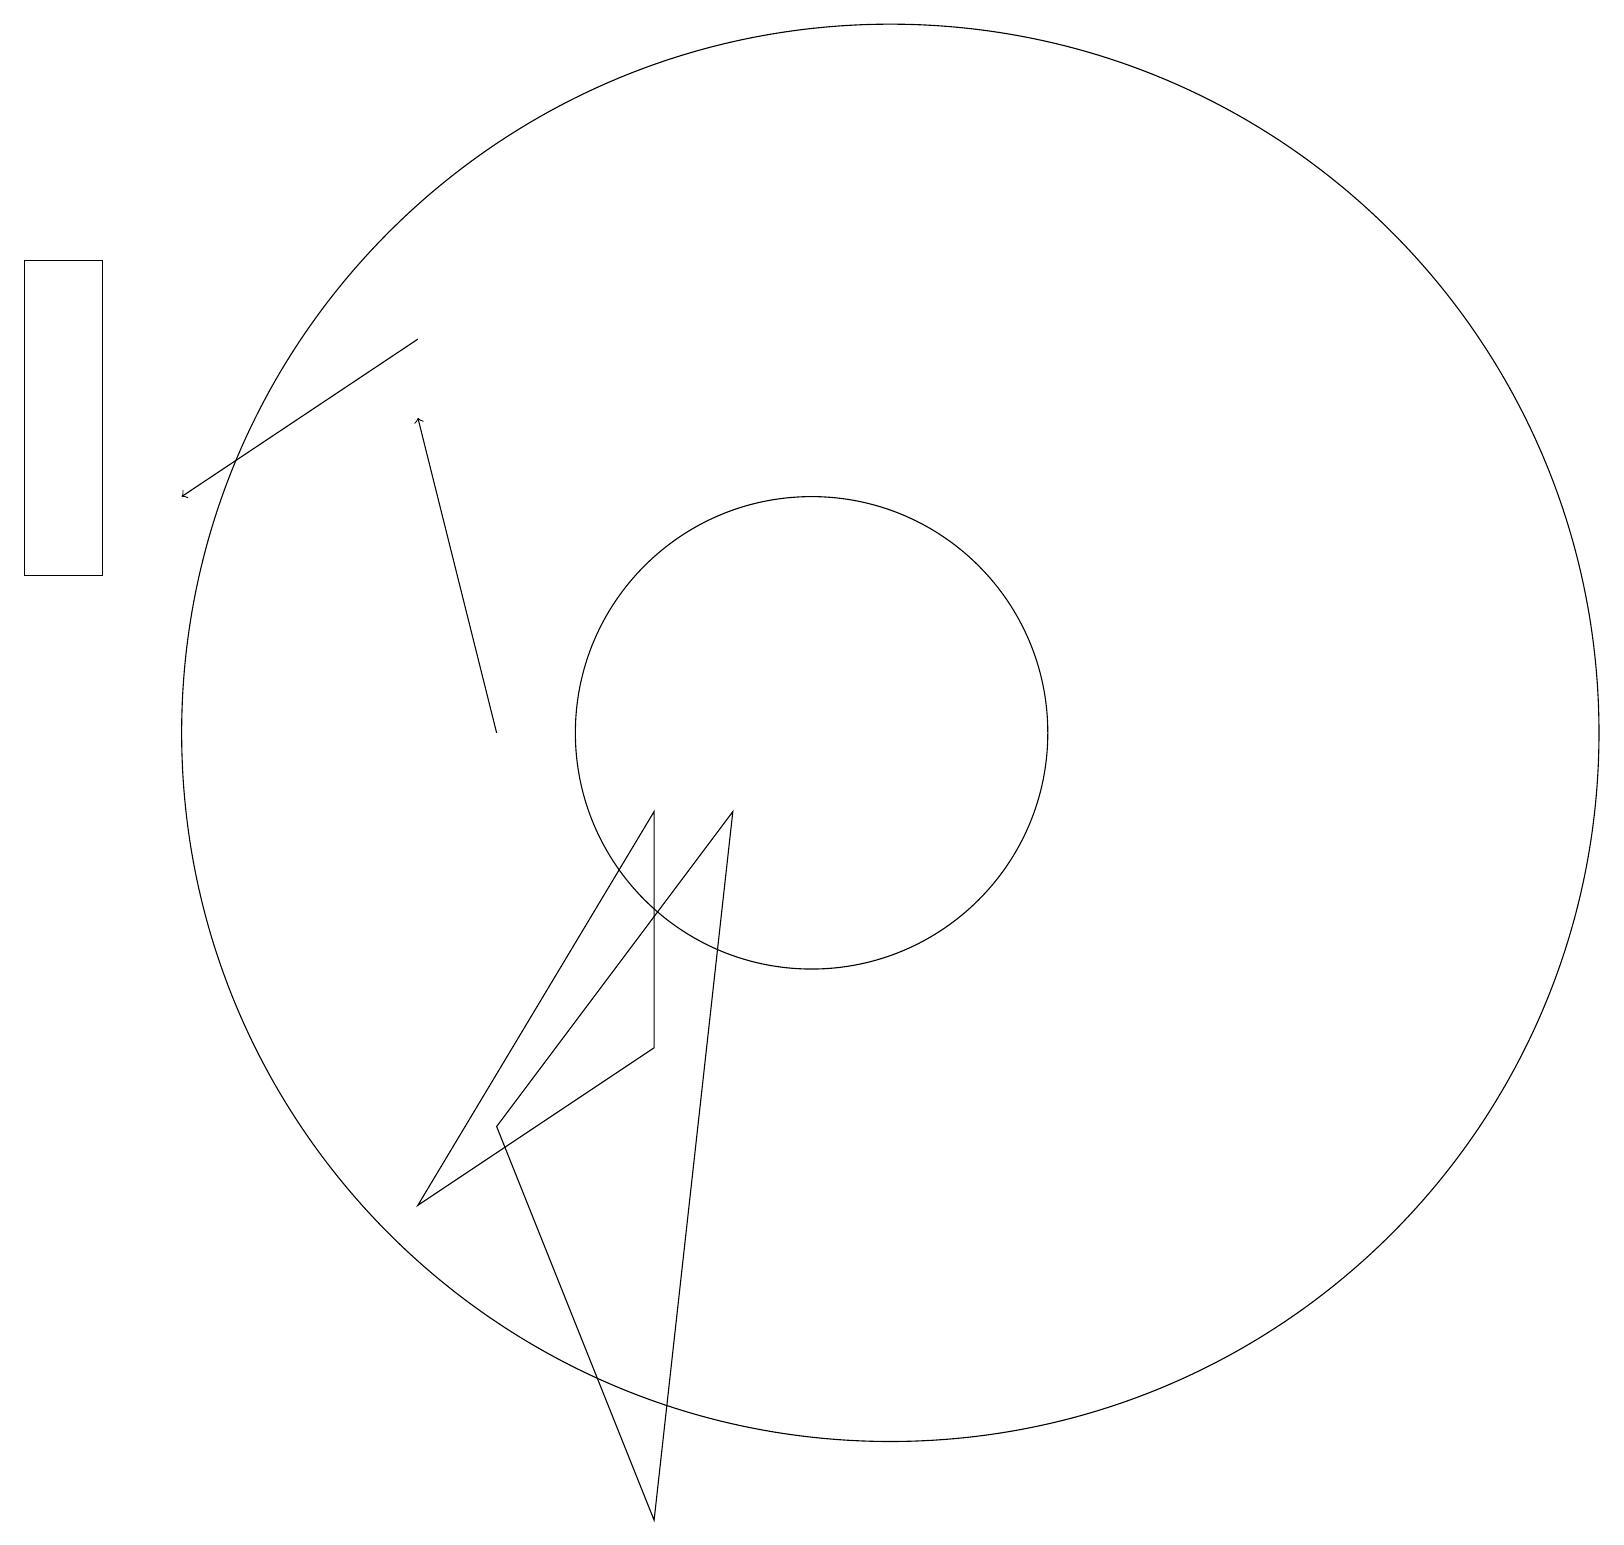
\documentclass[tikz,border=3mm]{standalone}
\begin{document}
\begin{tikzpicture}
\draw (8,6) -- (8,9) -- (5,4) -- cycle;
\draw[->] (6,10) -- (5,14);
\draw (8,0) -- (6,5) -- (9,9) -- cycle;
\draw (10,10) circle (3);
\draw[->] (5,15) -- (2,13);
\draw (11,10) circle (9);
\draw (0,12) rectangle (1,16);
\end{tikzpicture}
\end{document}